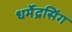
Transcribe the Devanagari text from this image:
धर्मेंद्रसिंग